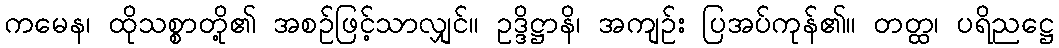
ကမေန၊ ထိုသစ္စာတို့၏ အစဉ်ဖြင့်သာလျှင်။ ဥဒ္ဒိဋ္ဌာနိ၊ အကျဉ်း ပြအပ်ကုန်၏။ တတ္ထ၊ ပရိညဋ္ဌေ